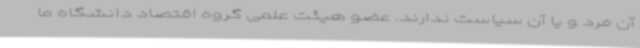
آن فرد و یا آن سیاست ندارند. عضو هیئت علمی گروه اقتصاد دانشگاه ما